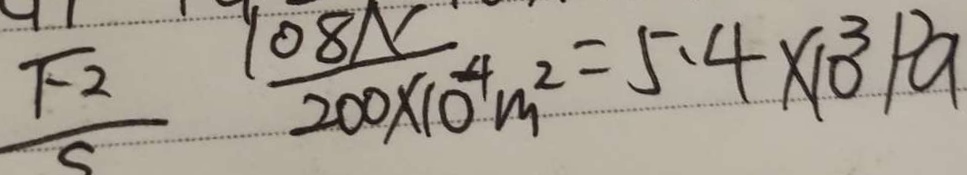
\frac { F _ { - 2 } } { S } \frac { 1 0 8 N } { 2 0 0 \times 1 0 ^ { 4 } m ^ { 2 } } = 5 . 4 \times 1 0 ^ { 3 } P a